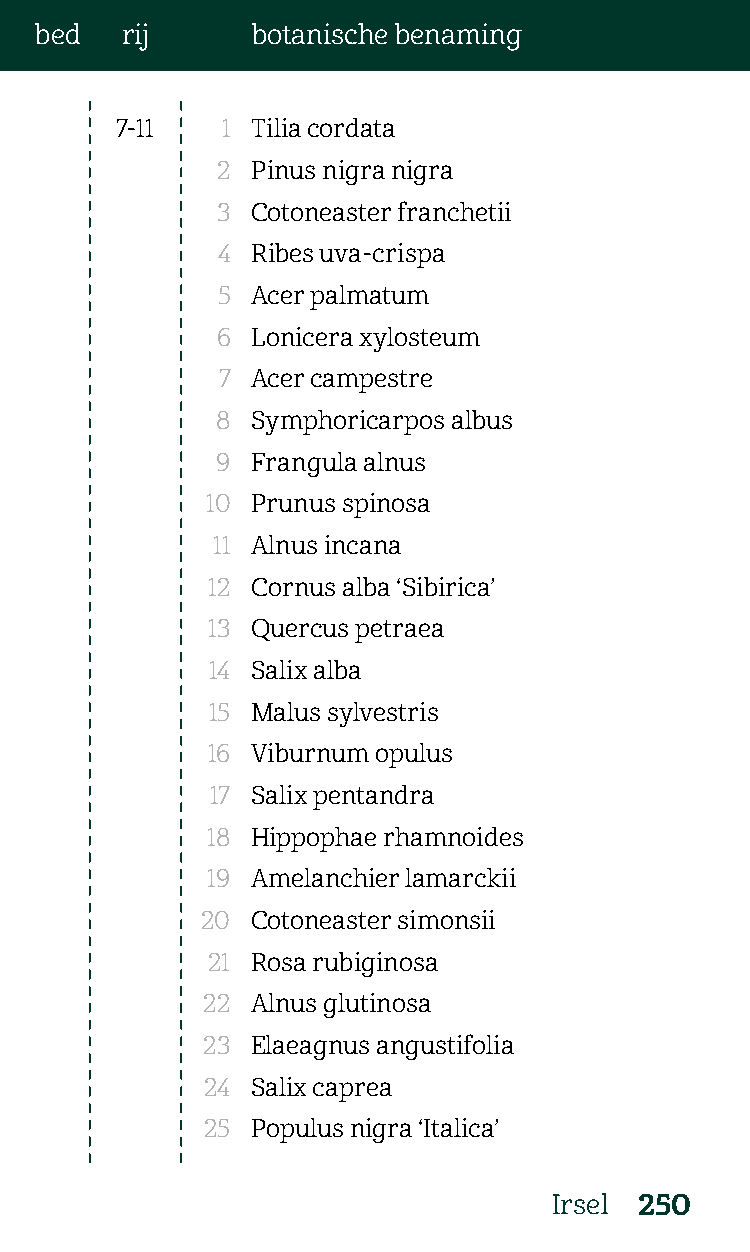
bed   rij      botanische benaming
 7-11   1 Tilia cordata
 2  Pinus nigra nigra
 3  Cotoneaster franchetii
 4  Ribes uva-crispa
 5  Acer palmatum
 6  Lonicera xylosteum
 7  Acer campestre
 8  Symphoricarpos albus
 9  Frangula alnus
 10 Prunus spinosa
 11 Alnus incana
 12 Cornus alba ‘Sibirica’
 13 Quercus petraea
 14 Salix alba
 15 Malus sylvestris
 16 Viburnum opulus
 17 Salix pentandra
 18 Hippophae rhamnoides
 19 Amelanchier lamarckii
 20  Cotoneaster simonsii
 21 Rosa rubiginosa
 22  Alnus glutinosa
 23  Elaeagnus angustifolia
 24  Salix caprea
 25  Populus nigra ‘Italica’
 Irsel 250